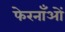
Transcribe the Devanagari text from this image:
फेरनाँओं